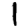
Digit: 1